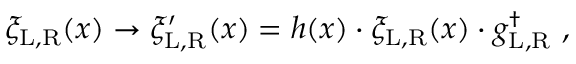
\xi _ { \mathrm { L , R } } ( x ) \rightarrow \xi _ { \mathrm { L , R } } ^ { \prime } ( x ) = h ( x ) \cdot \xi _ { \mathrm { L , R } } ( x ) \cdot g _ { \mathrm { L , R } } ^ { \dag } \ ,